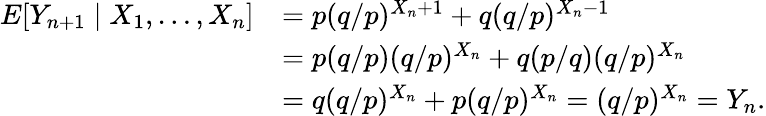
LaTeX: {\begin{array}{rl}{E[Y_{n+1}\mid X_{1},\dots,X_{n}]}&{=p(q/p)^{X_{n}+1}+q(q/p)^{X_{n}-1}}\\ &{=p(q/p)(q/p)^{X_{n}}+q(p/q)(q/p)^{X_{n}}}\\ &{=q(q/p)^{X_{n}}+p(q/p)^{X_{n}}=(q/p)^{X_{n}}=Y_{n}.}\end{array}}